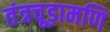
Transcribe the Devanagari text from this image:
तंत्रचूड़ामणि